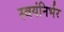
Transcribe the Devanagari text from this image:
स्‍वयंनिर्भर